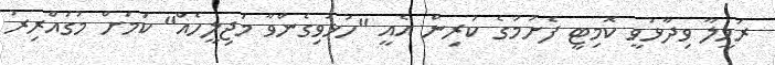
ރަމީލާ ވިދާޅުވީ ކޮމިޓީ ފެށުމުގެ ކުރިން އެއީ "ހުޅުވިގެންވާ މަޖިލީހެއް" ކަމަށް މުގައްރިރު